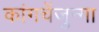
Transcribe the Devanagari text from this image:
कांगचेंजुन्गा